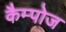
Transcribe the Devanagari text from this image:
कैम्पोज